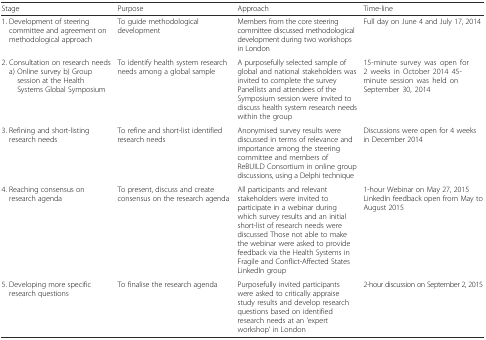
<table><thead><tr><td><b>Stage</b></td><td><b>Purpose</b></td><td><b>Approach</b></td><td><b>Time-line</b></td></tr></thead><tbody><tr><td>1. Development of steering committee and agreement on methodological approach</td><td>To guide methodological development</td><td>Members from the core steering committee discussed methodological development during two workshops in London</td><td>Full day on June 4 and July 17, 2014</td></tr><tr><td>2. Consultation on research needs a) Online survey b) Group session at the Health Systems Global Symposium</td><td>To identify health system research needs among a global sample</td><td>A purposefully selected sample of global and national stakeholders was invited to complete the survey Panellists and attendees of the Symposium session were invited to discuss health system research needs within the group</td><td>15-minute survey was open for 2 weeks in October 2014 45-minute session was held on September 30, 2014</td></tr><tr><td>3. Refining and short-listing research needs</td><td>To refine and short-list identified research needs</td><td>Anonymised survey results were discussed in terms of relevance and importance among the steering committee and members of ReBUILD Consortium in online group discussions, using a Delphi technique</td><td>Discussions were open for 4 weeks in December 2014</td></tr><tr><td>4. Reaching consensus on research agenda</td><td>To present, discuss and create consensus on the research agenda</td><td>All participants and relevant stakeholders were invited to participate in a webinar during which survey results and an initial short-list of research needs were discussed Those not able to make the webinar were asked to provide feedback via the Health Systems in Fragile and Conflict-Affected States LinkedIn group</td><td>1-hour Webinar on May 27, 2015 LinkedIn feedback open from May to August 2015</td></tr><tr><td>5. Developing more specific research questions</td><td>To finalise the research agenda</td><td>Purposefully invited participants were asked to critically appraise study results and develop research questions based on identified research needs at an ‘expert workshop’ in London</td><td>2-hour discussion on September 2, 2015</td></tr></tbody></table>